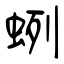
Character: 蛚